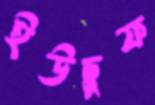
ইউছুফ